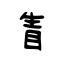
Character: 眚